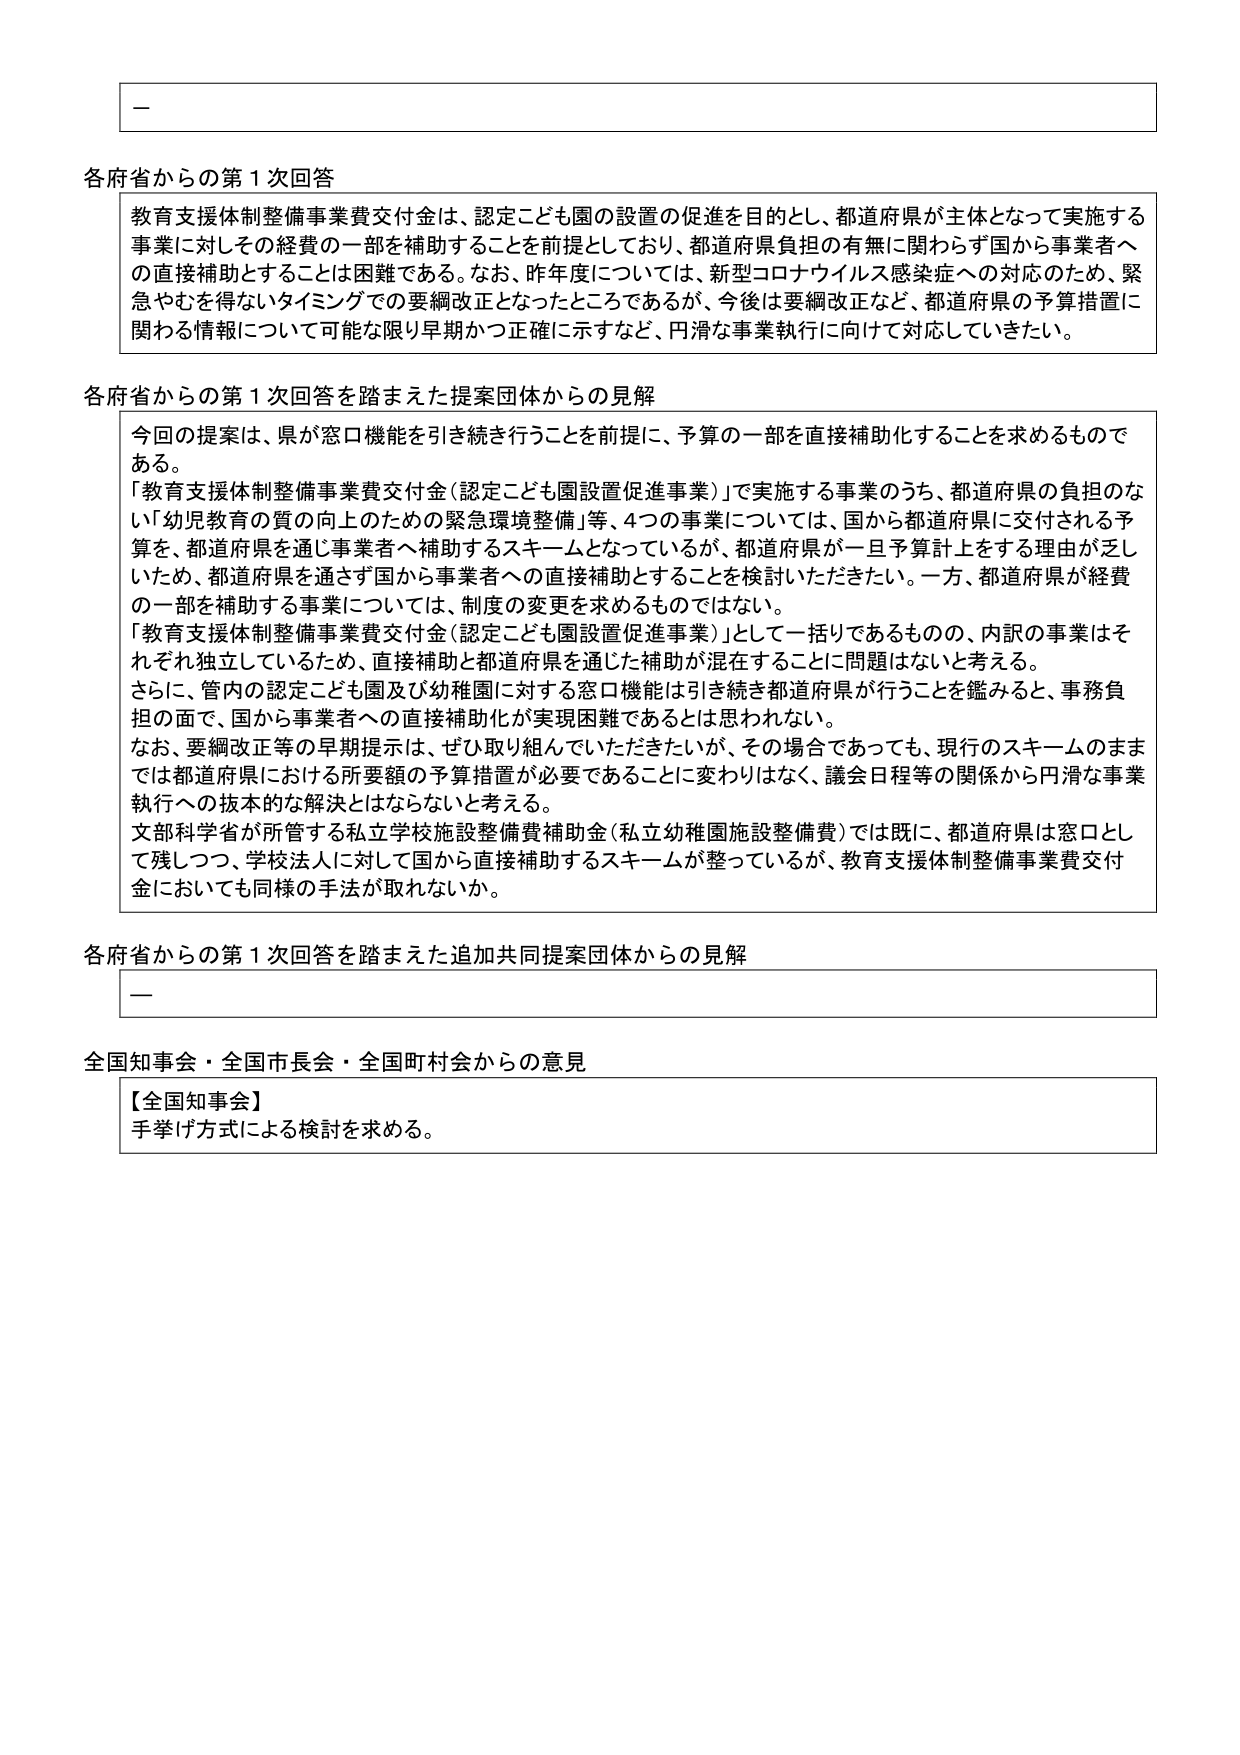
一

各府省からの第１次回答
教育支援体制整備事業費交付金は、認定こども園の設置の促進を目的とし、都道府県が主体となって実施する
事業に対してその経費の一部を補助することを前提としており、都道府県負担の有無に関わらず国から事業者へ
の直接補助とすることは困難である。なお、昨年度については、新型コロナウイルス感染症への対応のため、緊
急やむを得ないタイミングでの要綱改正となったところであるが、今後は要綱改正など、都道府県の予算措置に
関わる情報について可能な限り早期かつ正確に示すなど、円滑な事業執行に向けて対応していきたい。

各府省からの第１次回答を踏まえた提案団体からの見解
今回の提案は、県が窓口機能を引き続き行うことを前提に、予算の一部を直接補助化することを求めるもので
ある。
「教育支援体制整備事業費交付金（認定こども園設置促進事業）」で実施する事業のうち、都道府県の負担のな
い「幼児教育の質の向上のための緊急環境整備」等、４つの事業については、国から都道府県に交付される予
算を、都道府県を通じ事業者へ補助するスキームとなっているが、都道府県が一旦予算計上をする理由が乏し
いため、都道府県を通りず国から事業者への直接補助とすることを検討いただきたい。一方、都道府県が経費
の一部を補助する事業については、制度の変更を求めるものではない。
「教育支援体制整備事業費交付金（認定こども園設置促進事業）」として一括りであるものの、内訳の事業はそ
れぞれ独立しているため、直接補助と都道府県を通じた補助が混在することに問題はないと考える。
さらに、管内の認定こども園及び幼稚園に対する窓口機能は引き続き都道府県が行うことを鑑みると、事務負
担の面で、国から事業者への直接補助化が実現困難であるとは思われない。
なお、要綱改正等の早期提示は、ぜひ取り組んでいただきたいが、その場合であっても、現行のスキームのまま
では都道府県における所要額の予算措置が必要であることに変わりはなく、議会日程等の関係から円滑な事業
執行への抜本的な解決とはならないと考える。
文部科学省が所管する私立学校施設整備費補助金（私立幼稚園施設整備費）では既に、都道府県は窓口とし
て残しつつ、学校法人に対して国から直接補助するスキームが整っているが、教育支援体制整備事業費交付
金においても同様の手法が取れないか。

各府省からの第１次回答を踏まえた追加共同提案団体からの見解
一

全国知事会・全国市長会・全国町村会からの意見
【全国知事会】
手挙げ方式による検討を求める。